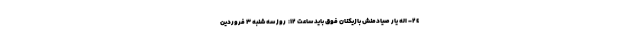
٢٤- اله یار صیادمنش بازیکنان فوق باید ساعت ١٢:  روز سه شنبه ٣ فروردین